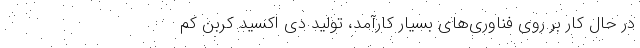
در حال کار بر روی فناوری‌های بسیار کارآمد، تولید دی اکسید کربن کم